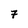
Character: 7